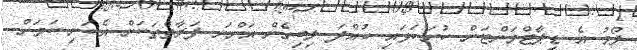
ފޯމު އެ ޑިޕާޓްމަންޓަށް ހުށަހަޅައި ހުއްދަ ލިބިގެން އަންނަ ފަރާތްތަކަށް އެކަނި ކަމަށް